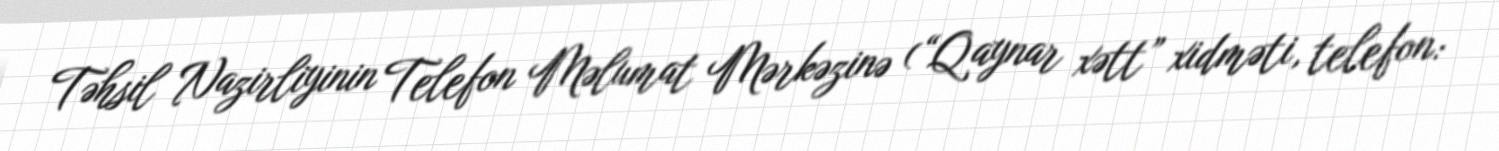
Təhsil Nazirliyinin Telefon Məlumat Mərkəzinə (“Qaynar xətt” xidməti, telefon: